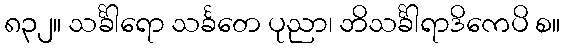
၈၃၂။ သင်္ခါရော သင်္ခတေ ပုညာ၊ ဘိသင်္ခါရာဒိကေပိ စ။